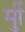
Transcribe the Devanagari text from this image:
र्मुी